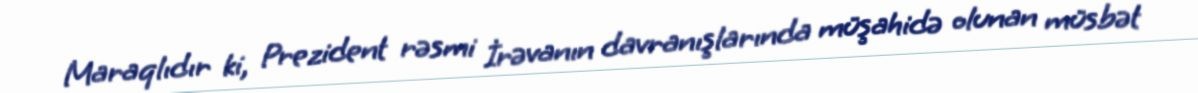
Maraqlıdır ki, Prezident rəsmi İrəvanın davranışlarında müşahidə olunan müsbət